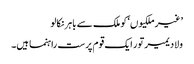
’غیر ملکیوں‘ کو ملک سے باہر نکالو
ولادیمیر تور ایک قوم پرست راہنما ہیں۔